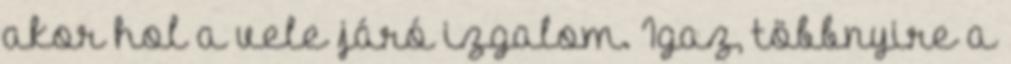
akor hol a vele járó izgalom. Igaz, többnyire a